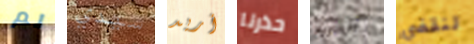
لم سيدي أريد حذرنا الشروع لنقضي